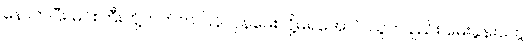
နောက်ပြီး မင်းကြီးတို့ဘက်က ပြန်လှန်မေးလို့မရအောင် သူကချည်း မေးခွန်းတွေ